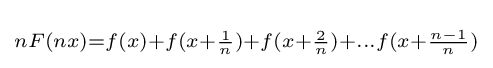
\scriptstyle nF(nx)=f(x)+f(x+{\frac {1}{n}})+f(x+{\frac {2}{n}})+\ldots f(x+{\frac {n-1}{n}})